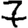
Digit: 7